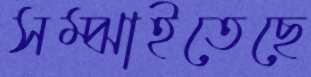
সম্‌ঝাইতেছে